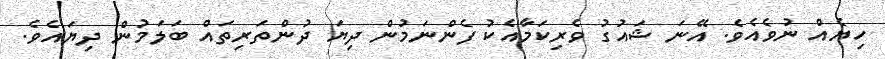
ހިޔެއް ނުވެއެވެ. އޭނަ ޝައުގު ވެރިކަމާއެކު ފެންނަމުން ދިޔަ ދުންތަރިތައް ބަލަމުން ދިޔައެވެ.